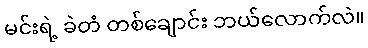
မင်းရဲ့ ခဲတံ တစ်ချောင်း ဘယ်လောက်လဲ။